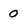
Character: 0